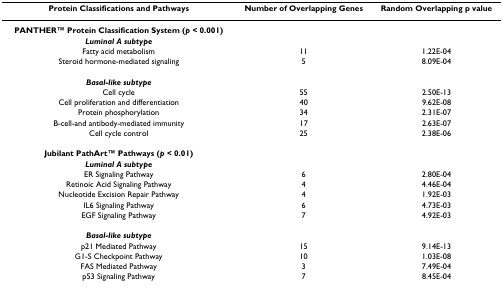
| Protein Classifications and Pathways | Number of Overlapping Genes | Random Overlapping p value |
 | --- | --- | --- |
 | PANTHERTM Protein Classification System (p < 0.001) |  |  |
 | Luminal A subtype |  |  |
 | Fatty acid metabolism | 11 | 1.22E-04 |
 | Steroid hormone-mediated signaling | 5 | 8.09E-04 |
 | Basal-like subtype |  |  |
 | Cell cycle | 55 | 2.50E-13 |
 | Cell proliferation and differentiation | 40 | 9.62E-08 |
 | Protein phosphorylation | 34 | 2.31E-07 |
 | B-cell-and antibody-mediated immunity | 17 | 2.63E-07 |
 | Cell cycle control | 25 | 2.38E-06 |
 | Jubilant PathArtTM Pathways (p < 0.01) |  |  |
 | Luminal A subtype |  |  |
 | ER Signaling Pathway | 6 | 2.80E-04 |
 | Retinoic Acid Signaling Pathway | 4 | 4.46E-04 |
 | Nucleotide Excision Repair Pathway | 4 | 1.92E-03 |
 | IL6 Signaling Pathway | 6 | 4.73E-03 |
 | EGF Signaling Pathway | 7 | 4.92E-03 |
 | Basal-like subtype |  |  |
 | p21 Mediated Pathway | 15 | 9.14E-13 |
 | G1-S Checkpoint Pathway | 10 | 1.03E-08 |
 | FAS Mediated Pathway | 3 | 7.49E-04 |
 | p53 Signaling Pathway | 7 | 8.45E-04 |